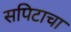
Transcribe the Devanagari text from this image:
सपिटाचा